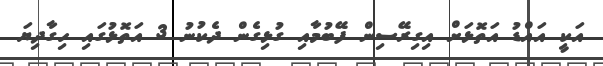
އަކީ އައްޑު އަތޮޅަށް އިގިރޭސިން ފޭބުމާއި ގުޅިގެން ދެކުނު 3 އަތޮޅުގައި ހިގާދިޔަ